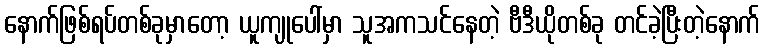
နောက်ဖြစ်ရပ်တစ်ခုမှာတော့ ယူကျုပေါ်မှာ သူအကသင်နေတဲ့ ဗီဒီယိုတစ်ခု တင်ခဲ့ပြီးတဲ့နောက်